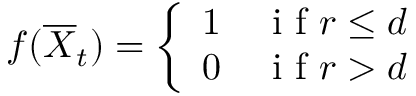
\boldsymbol f ( \overline { { \boldsymbol X } } _ { t } ) = \left\{ \begin{array} { c l } { 1 } & { \mathrm { ~ i ~ f ~ } \boldsymbol r \leq \boldsymbol d } \\ { 0 } & { \mathrm { ~ i ~ f ~ } \boldsymbol r > \boldsymbol d } \end{array} \right.